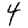
Digit: 4